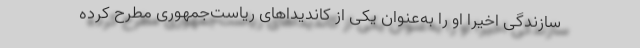
سازندگی اخیرا او را به‌عنوان یکی از کاندیداهای ریاست‌جمهوری مطرح کرده